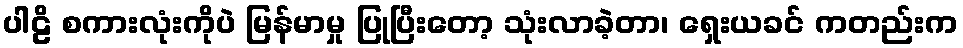
ပါဠိ စကားလုံးကိုပဲ မြန်မာမှု ပြုပြီးတော့ သုံးလာခဲ့တာ၊ ရှေးယခင် ကတည်းက